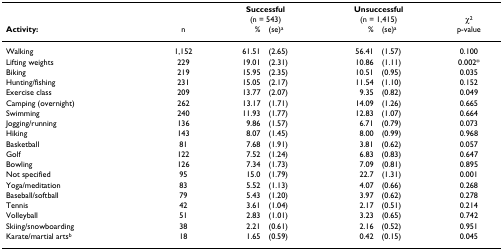
|  |  | <COLSPAN=2> Successful | <COLSPAN=2> Unsuccessful |  |
 |  |  | <COLSPAN=2> (n = 543) | <COLSPAN=2> (n = 1,415) | χ2 |
 | Activity: | n | % | (se)a | % | (se)a | p-value |
 | --- | --- | --- | --- | --- | --- | --- |
 | Walking | 1,152 | 61.51 | (2.65) | 56.41 | (1.57) | 0.100 |
 | Lifting weights | 229 | 19.01 | (2.31) | 10.86 | (1.11) | 0.002* |
 | Biking | 219 | 15.95 | (2.35) | 10.51 | (0.95) | 0.035 |
 | Hunting/fishing | 231 | 15.05 | (2.17) | 11.54 | (1.10) | 0.152 |
 | Exercise class | 209 | 13.77 | (2.07) | 9.35 | (0.82) | 0.049 |
 | Camping (overnight) | 262 | 13.17 | (1.71) | 14.09 | (1.26) | 0.665 |
 | Swimming | 240 | 11.93 | (1.77) | 12.83 | (1.07) | 0.664 |
 | Jogging/running | 136 | 9.86 | (1.57) | 6.71 | (0.79) | 0.073 |
 | Hiking | 143 | 8.07 | (1.45) | 8.00 | (0.99) | 0.968 |
 | Basketball | 81 | 7.68 | (1.91) | 3.81 | (0.62) | 0.057 |
 | Golf | 122 | 7.52 | (1.24) | 6.83 | (0.83) | 0.647 |
 | Bowling | 126 | 7.34 | (1.73) | 7.09 | (0.81) | 0.895 |
 | Not specified | 95 | 15.0 | (1.79) | 22.7 | (1.31) | 0.001 |
 | Yoga/meditation | 83 | 5.52 | (1.13) | 4.07 | (0.66) | 0.268 |
 | Baseball/softball | 79 | 5.43 | (1.20) | 3.97 | (0.62) | 0.278 |
 | Tennis | 42 | 3.61 | (1.04) | 2.17 | (0.51) | 0.214 |
 | Volleyball | 51 | 2.83 | (1.01) | 3.23 | (0.65) | 0.742 |
 | Skiing/snowboarding | 38 | 2.21 | (0.61) | 2.16 | (0.52) | 0.951 |
 | Karate/martial artsb | 18 | 1.65 | (0.59) | 0.42 | (0.15) | 0.045 |